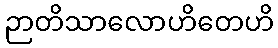
ဉာတိသာလောဟိတေဟိ